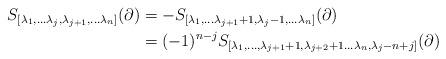
LaTeX: \begin{align*}\begin{aligned}S_{[\lambda_1,\dots\lambda_j,\lambda_{j+1},\dots \lambda_n]}(\partial)&=-S_{[\lambda_1,\dots\lambda_{j+1}+1,\lambda_j-1,\dots \lambda_n]}(\partial)\\&=(-1)^{n-j}S_{[\lambda_1,\dots,\lambda_{j+1}+1,\lambda_{j+2}+1\dots\lambda_n,\lambda_j-n+j]}(\partial)\end{aligned}\end{align*}